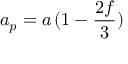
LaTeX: a _ { p } = a \, ( 1 - { \frac { 2 f } { 3 } } )